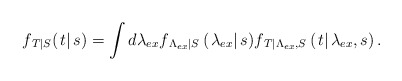
\begin{align*}{f_{\left. T \right|S}}(\left. t \right|s) = \int {d{\lambda _{ex}}{f_{\left. {{\Lambda _{ex}}} \right|S}}\left( {\left. {{\lambda _{ex}}} \right|s} \right)} {f_{\left. T \right|{\Lambda _{ex}},S}}\left( {\left. t \right|{\lambda _{ex}},s} \right).\end{align*}